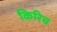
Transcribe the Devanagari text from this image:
किरिच